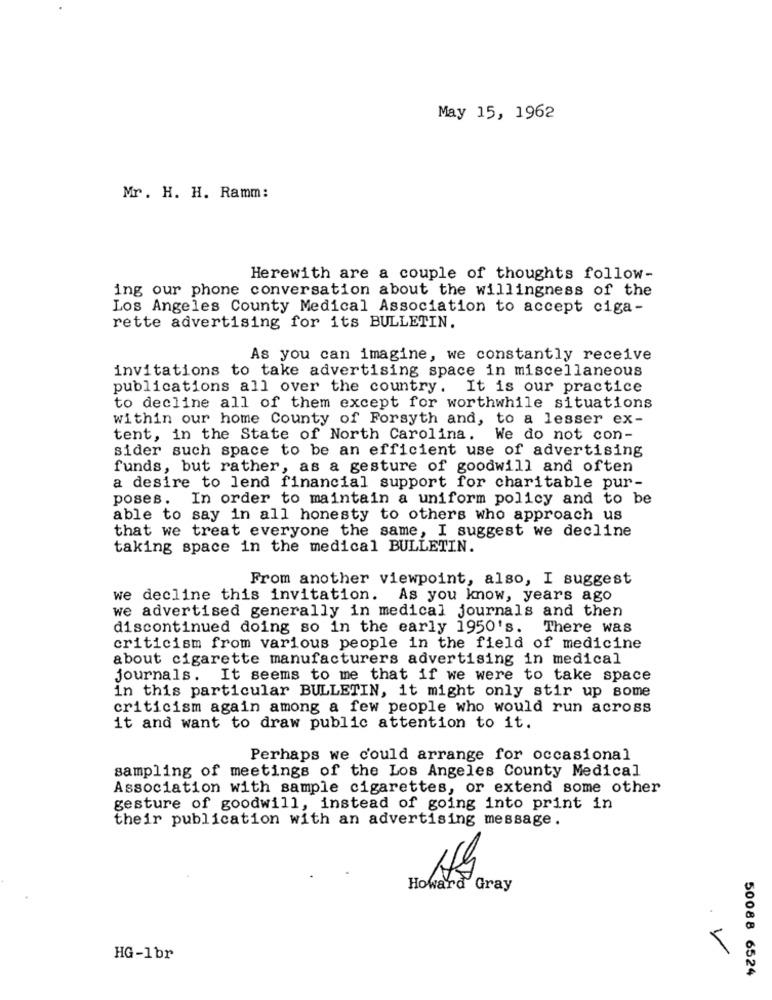
May 15, 1962
Mr. H. H. Ramm:
Herewith are a couple of thoughts follow-
ing our phone conversation about the willingness of the
Los Angeles County Medical Association to accept ciga-
rette advertising for its BULLETIN.
As you can imagine, we constantly receive
invitations to take advertising space in miscellaneous
publications all over the country. It is our practice
to decline all of them except for worthwhile situations
within our home County of Forsyth and, to a lesser ex-
tent, in the State of North Carolina. We do not con-
sider such space to be an efficient use of advertising
funds, but rather, as a gesture of goodwill and often
a desire to lend financial support for charitable pur-
poses. In order to maintain a uniform policy and to be
able to say in all honesty to others who approach us
that we treat everyone the same, I suggest we decline
taking space in the medical BULLETIN.
From another viewpoint, also, I suggest
we decline this invitation. As you know, years ago
we advertised generally in medical journals and then
discontinued doing so in the early 1950's.
There was
criticism from various people in the field of medicine
about cigarette manufacturers advertising in medical
journals. It seems to me that if we were to take space
in this particular BULLETIN, it might only stir up some
criticism again among a few people who would run across
it and want to draw public attention to it.
Perhaps we could arrange for occasional
sampling of meetings of the Los Angeles County Medical
Association with sample cigarettes, or extend some other
gesture of goodwill, instead of going into print in
their publication with an advertising message.
Howard Gray
V
HG-1br
50088 6524